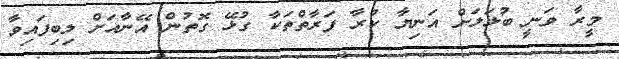
މީރާ ވަނީ ބުޅަލަށް އަނިޔާ ކުރާ ފަރާތްތަކާ ގުޅޭ ގޮތުން އޭނާއަށް ލިބިފައިވާ